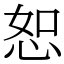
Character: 恕